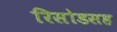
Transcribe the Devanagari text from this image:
रिसोडसह